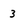
Character: 3